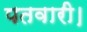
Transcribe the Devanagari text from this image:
पतवारी।